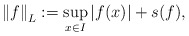
\begin{align*}\left\| f \right\|_L := \sup_{x \in I} |f(x)| + s(f), \end{align*}